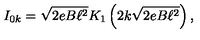
I _ { 0 k } = \sqrt { 2 e B \ell ^ { 2 } } K _ { 1 } \left( 2 k \sqrt { 2 e B \ell ^ { 2 } } \right) ,